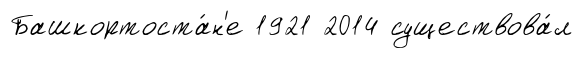
Башкортоста́н'е 1921 2014 существова́л